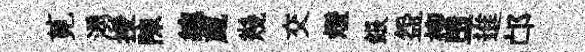
莧湧授陳總葳幾交燈銀盌柳墮進邙